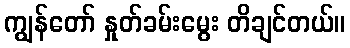
ကျွန်တော် နှုတ်ခမ်းမွေး တိချင်တယ်။